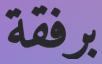
برفقة